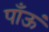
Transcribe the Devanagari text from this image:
पाँऊं